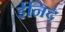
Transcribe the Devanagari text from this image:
ईनिद